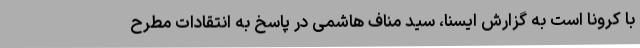
با کرونا است به گزارش ایسنا، سید مناف هاشمی در پاسخ به انتقادات مطرح